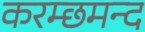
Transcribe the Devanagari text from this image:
करम्छमन्द